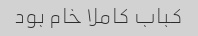
کباب کاملا خام بود